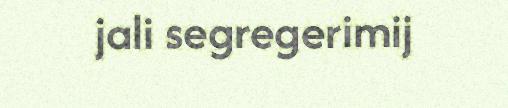
jali segregerimij